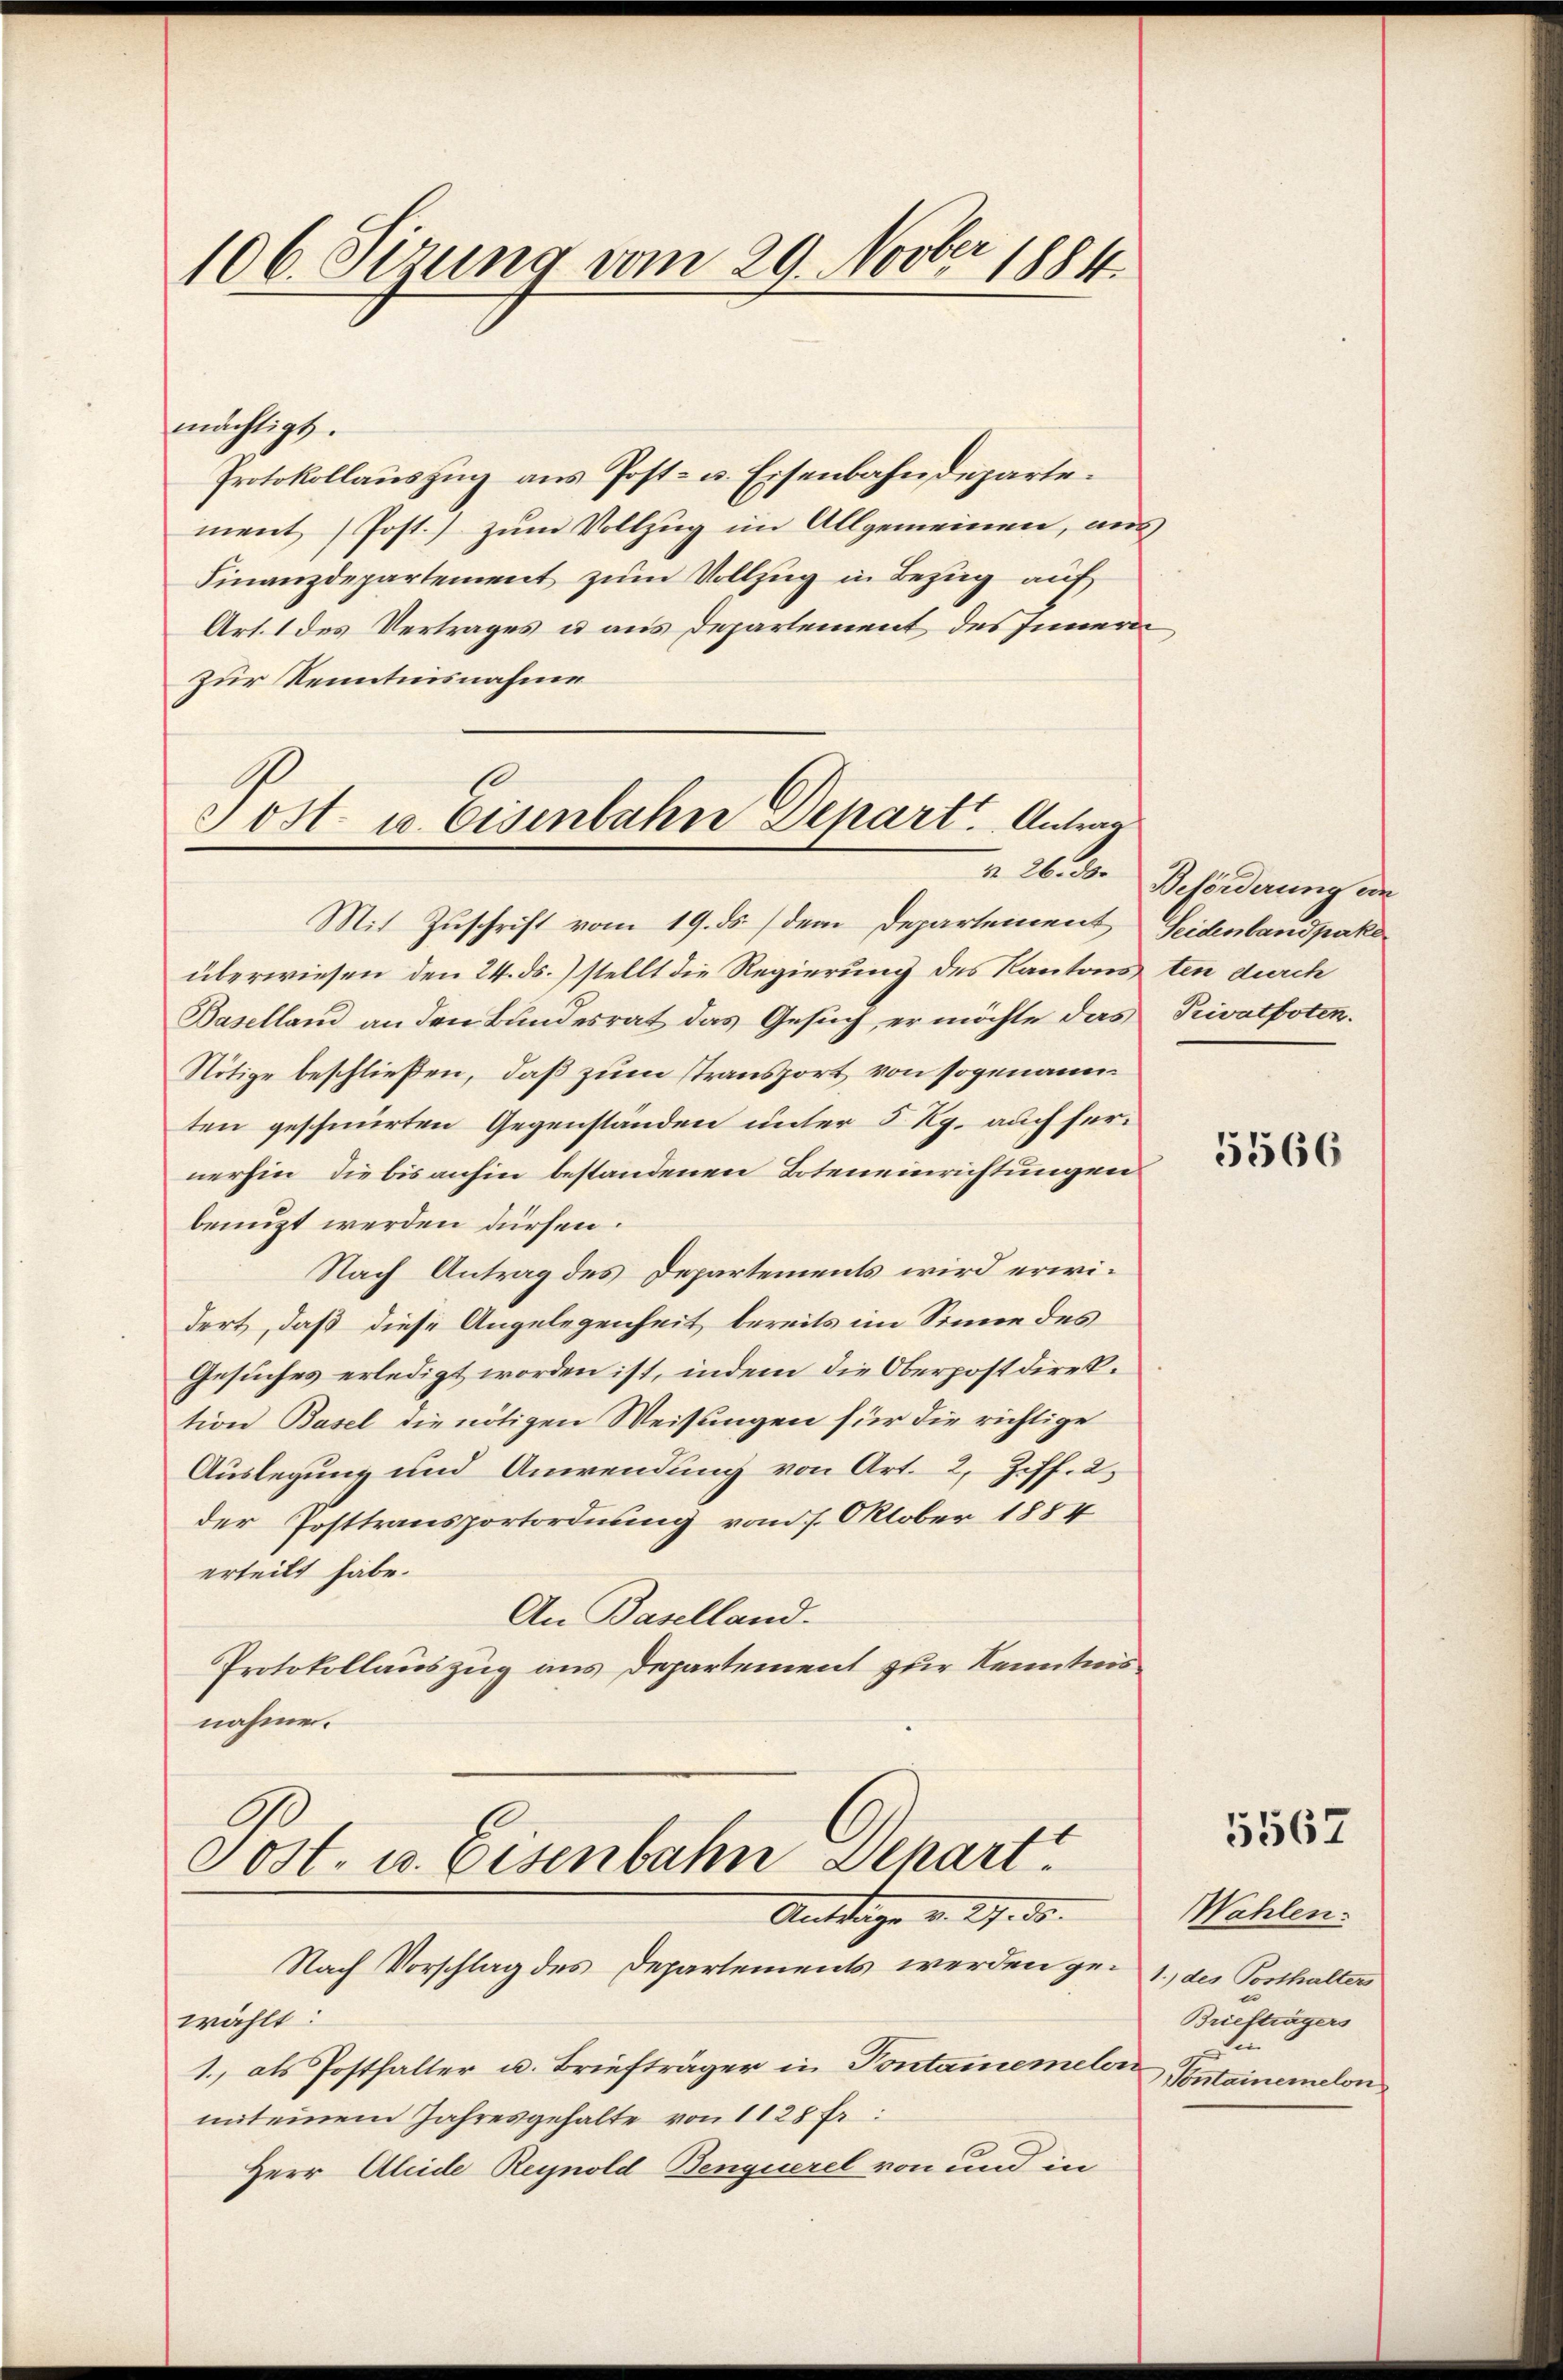
106. Sizung vom 29. Novber 1884.

mächtigt.
Protokollauszug aus Post- u. Eisenbahndeparte.
ment (Post.) zum Vollzug im Allgemeinen, aus
Finanzdepartement zum Vollzug in Bezug auf
Art. 1 des Vertrages u aus Departement des Innern
zur Kenntnisnahme
Jost u. Eisenbahn Depart. Antrag

m 26. 30

Mit Zuschrift vom 19. ds. (dem Departement Seidenbandpake
überwiesen den 24. ds.) stellt die Regierung des Kantons¬
Baselland an den Bundesrat das Gesuch, er möchte das
Nötige beschließen, daß zum stransport von sogenannten geschmerten Gegenständen unter 5 Kg. auch hernerhin, die bis anhin bestandenen Boteneinrichtungen
benuzt werden dürfen.
Nach Antrag des Departements wird erwidert, daß diese Angelegenheit bereits im Sinne des
Gesuches erledigt worden ist, indem die Oberpostdirektion Basel die nötigen Weisungen für die richtige
Auslegung und Anwendung von Art. 2, Ziff. 2,
der Posttransportordnung vom 7. Oktober 1884
erteilt habe.
An Baselland.
Protokollauszug aus Departement zur Kenntnis
nahme.

Post- u. Eisenbahn Depart
Antrage v. 29. 30.

Nach Vorschlag des Departements werden gewählt:
1., als Posthalter u. Briefträger in Pontamemelen
mit einem Jahresgehalte von 1128 Fr:
Herr Alide Reynold Benquerel von und in

Beförderung ein
ten durch
Privatboten.

5566

5567

Wahlen.
1.) des Posthalters
Briefträgers
sin
Pontainemelon